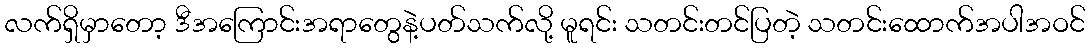
လက်ရှိမှာတော့ ဒီအကြောင်းအရာတွေနဲ့ပတ်သက်လို့ မူရင်း သတင်းတင်ပြတဲ့ သတင်းထောက်အပါအဝင်